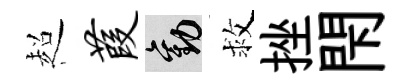
超葭勸救挫閇